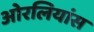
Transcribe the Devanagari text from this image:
ओरलियांस